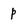
Character: p